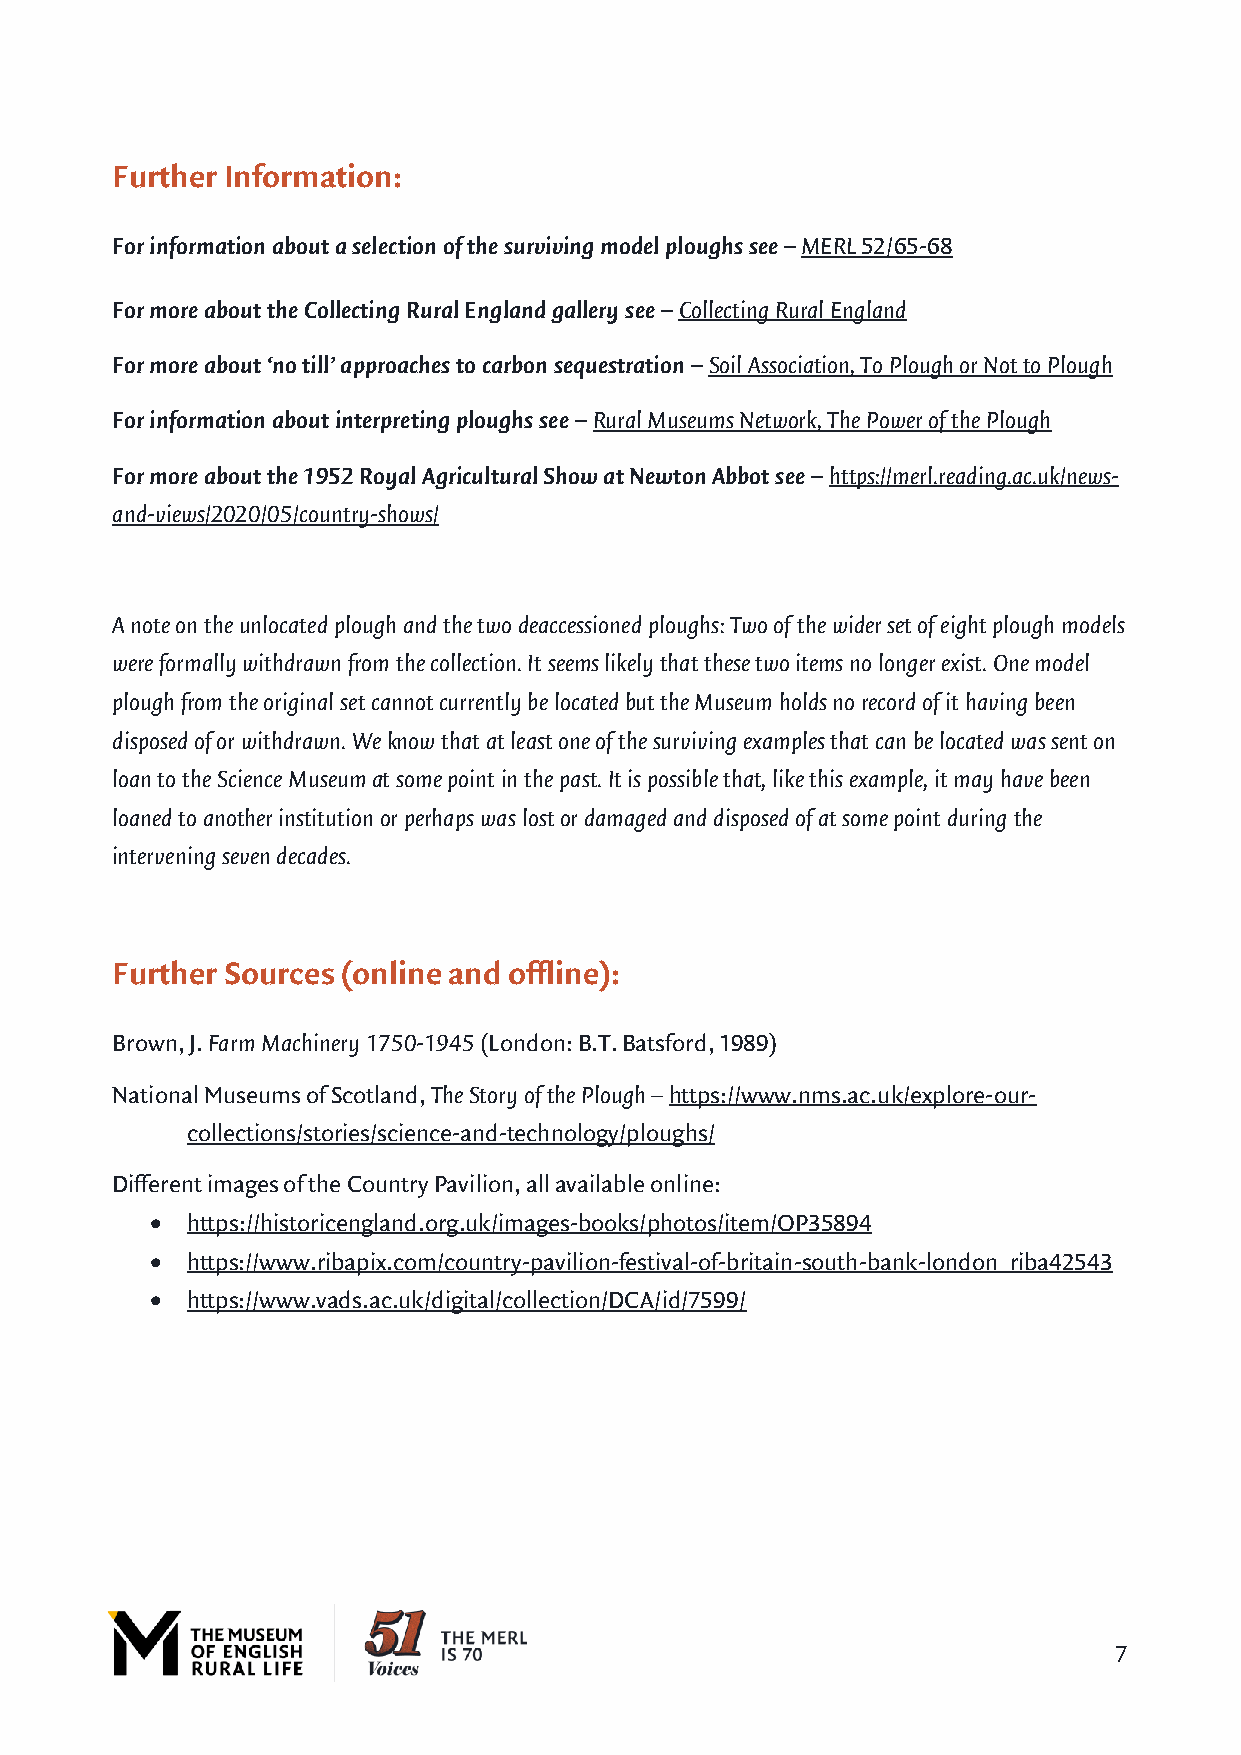
Further Information:
 For information about a selection of the surviving model ploughs see – MERL 52/65-68
 For more about the Collecting Rural England gallery see – Collecting Rural England
 For more about ‘no till’ approaches to carbon sequestration – Soil Association, To Plough or Not to Plough
 For information about interpreting ploughs see – Rural Museums Network, The Power of the Plough
 For more about the 1952 Royal Agricultural Show at Newton Abbot see – https://merl.reading.ac.uk/news-
 and-views/2020/05/country-shows/
 A note on the unlocated plough and the two deaccessioned ploughs: Two of the wider set of eight plough models
 were formally withdrawn from the collection. It seems likely that these two items no longer exist. One model
 plough from the original set cannot currently be located but the Museum holds no record of it having been
 disposed of or withdrawn. We know that at least one of the surviving examples that can be located was sent on
 loan to the Science Museum at some point in the past. It is possible that, like this example, it may have been
 loaned to another institution or perhaps was lost or damaged and disposed of at some point during the
 intervening seven decades.
 Further Sources (online and offline):
 Brown, J. Farm Machinery 1750-1945 (London: B.T. Batsford, 1989)
 National Museums of Scotland, The Story of the Plough – https://www.nms.ac.uk/explore-our-
 collections/stories/science-and-technology/ploughs/
 Different images of the Country Pavilion, all available online:
 • https://historicengland.org.uk/images-books/photos/item/OP35894
 • https://www.ribapix.com/country-pavilion-festival-of-britain-south-bank-london_riba42543
 • https://www.vads.ac.uk/digital/collection/DCA/id/7599/
 7